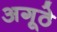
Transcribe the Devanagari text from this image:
अगूठे